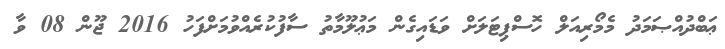
ޢަބްދުއްޞަމަދު މެމޯރިއަލް ހޮސްޕިޓަލަށް ވަޑައިގެން މަޢުލޫމާތު ސާފުކުރެއްވުމަށްފަހު 2016 ޖޫން 08 ވާ